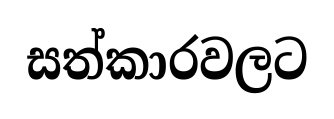
සත්කාරවලට